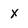
Character: X